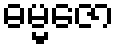
ဓမ္မဇော